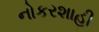
નોકરશાહી